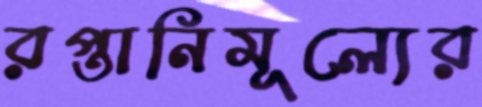
রপ্তানিমূল্যের